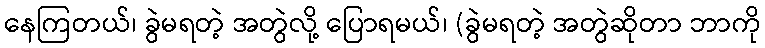
နေကြတယ်၊ ခွဲမရတဲ့ အတွဲလို့ ပြောရမယ်၊ (ခွဲမရတဲ့ အတွဲဆိုတာ ဘာကို